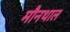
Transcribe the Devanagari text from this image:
मौनथाल